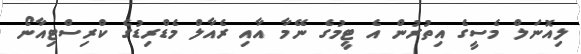
ލިއޮނަލް މެސީގެ އިތުރުން އެ ޓީމުގެ ނޭމާ އާއި ރެއާލް މެޑްރިޑުގެ ކްރިސްޓިއާނޯ